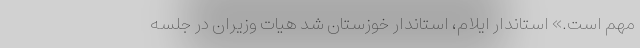
مهم است.» استاندار ایلام، استاندار خوزستان شد هیات وزیران در جلسه